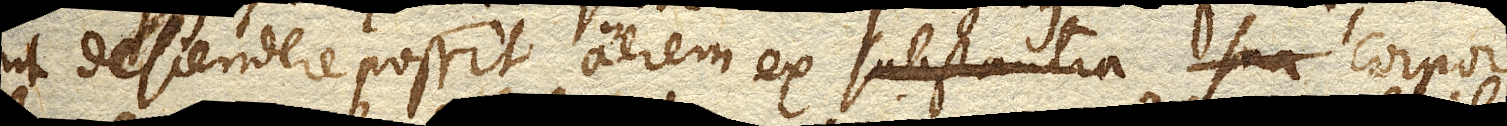
ut descendere possit aerem ex substantia sua corpore